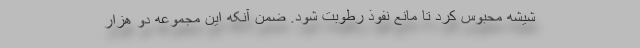
شیشه محبوس کرد تا مانع نفوذ رطوبت شود. ضمن آنکه این مجموعه دو هزار